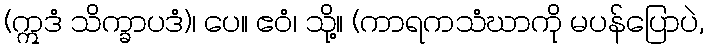
(ဣဒံ သိက္ခာပဒံ)၊ ပေ။ ဧဝံ၊ သို့။ (ကာရကသံဃာကို မပန်ပြောပဲ,